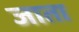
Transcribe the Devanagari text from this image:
जाता